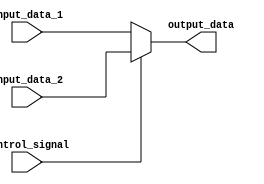
module MyDatapathMux_5B(
    input control_signal,
    input [4:0] input_data_1, //0
    input [4:0] input_data_2, //1
    output reg [4:0] output_data
);

always @*
begin
    if(control_signal)
    begin
        output_data = input_data_2;
    end
    else
    begin
        output_data = input_data_1;
    end
end

endmodule